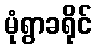
မုံရွာခရိုင်